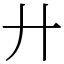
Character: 廾